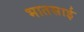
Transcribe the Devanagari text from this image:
भातसाई